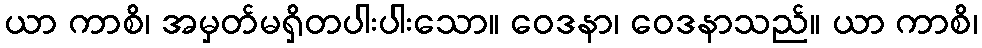
ယာ ကာစိ၊ အမှတ်မရှိတပါးပါးသော။ ဝေဒနာ၊ ဝေဒနာသည်။ ယာ ကာစိ၊